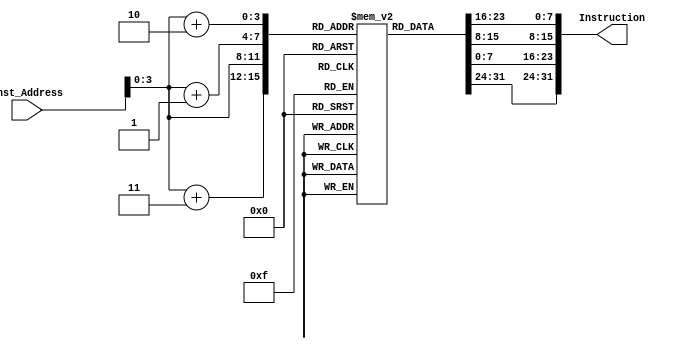
module instruction_memory(

input [63:0] Inst_Address,
output reg [31:0] Instruction

);
reg [7:0] memory [15:0];
initial 
begin
    memory[0] = 8'b10010011;
    memory[1] = 8'b00000010;
    memory[2] = 8'b00110000;
    memory[3] = 8'b00000000;
    // memory[4] = 8'b10110011;
    // 
    // memory[5] = 8'b10000100;
    // memory[6] = 8'b10011010;
    // memory[7] = 8'b00000000;
    // memory[8] = 8'b10010011;
    // memory[9] = 8'b10000100;
    // memory[10] = 8'b00010100;
    // memory[11] = 8'b00000000;
    // memory[12] = 8'b00100011;
    // memory[13] = 8'b00111000;
    // memory[14] = 8'b10010101;
    // memory[15] = 8'b00001110;
    // 
end


always @(*)
	begin
	Instruction = {memory[Inst_Address[3:0]+3],memory[Inst_Address[3:0]+2],memory[Inst_Address[3:0]+1],memory[Inst_Address[3:0]]};
	end


endmodule